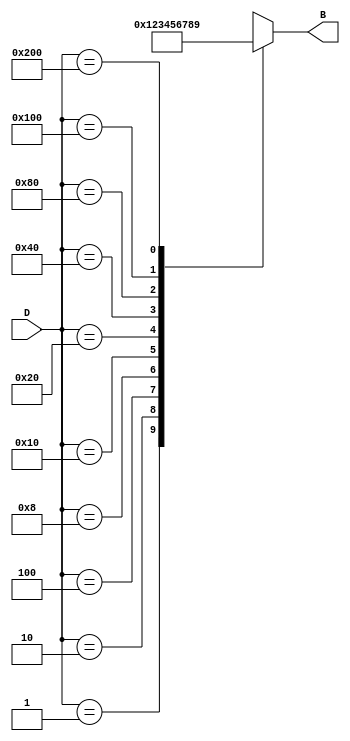
module DecimalToBinaryEncoder (
    input [9:0] D,  // 10-bit input for decimal digits (one-hot encoded)
    output reg [3:0] B // 4-bit binary output
);

    always @(*) begin
        case (D)
            10'b0000000001: B = 4'b0000; // Decimal 0
            10'b0000000010: B = 4'b0001; // Decimal 1
            10'b0000000100: B = 4'b0010; // Decimal 2
            10'b0000001000: B = 4'b0011; // Decimal 3
            10'b0000010000: B = 4'b0100; // Decimal 4
            10'b0000100000: B = 4'b0101; // Decimal 5
            10'b0001000000: B = 4'b0110; // Decimal 6
            10'b0010000000: B = 4'b0111; // Decimal 7
            10'b0100000000: B = 4'b1000; // Decimal 8
            10'b1000000000: B = 4'b1001; // Decimal 9
            default: B = 4'bxxxx; // Invalid input case (more than one high)
        endcase
    end

endmodule